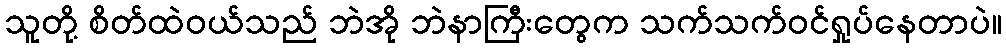
သူတို့ စိတ်ထဲဝယ်သည် ဘဲအို ဘဲနာကြီးတွေက သက်သက်ဝင်ရှုပ်နေတာပဲ။